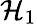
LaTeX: {\cal{H}}_{1}